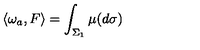
\langle \omega _ { a } , F \rangle = \int _ { \Sigma _ { 1 } } \mu ( d \sigma )